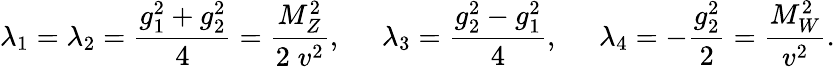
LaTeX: \lambda_{1}=\lambda_{2}=\frac{g_{1}^{2}+g_{2}^{2}}{4}=\frac{M_{Z}^{2}}{2\; v^{2}},\; \; \; \; \; \lambda_{3}=\frac{g_{2}^{2}-g_{1}^{2}}{4},\; \; \; \; \; \lambda_{4}=-\frac{g_{2}^{2}}{2}=\frac{M_{W}^{2}}{v^{2}}.